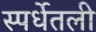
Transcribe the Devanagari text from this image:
स्पर्धेतली